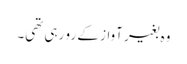
وہ بغیر آواز کے رو رہی تھی۔